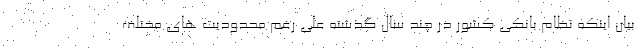
بیان اینکه نظام بانکی کشور در چند سال گذشته علی رغم محدودیت های مختلف